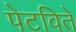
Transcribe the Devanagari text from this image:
पेटविते